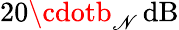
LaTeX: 20\cdotb_{\mathscr{N}}\, \mathrm{{dB}}